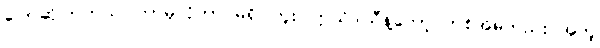
ပြောဆိုကြတယ်၊ ဘာမှလိုတာ မရှိပါဘူး၊ ဣသိဒါသီနဲ့တော့ တစ်အိမ်တည်း အတူ